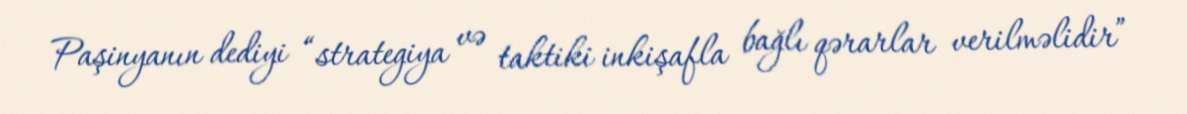
Paşinyanın dediyi “strategiya və taktiki inkişafla bağlı qərarlar verilməlidir”